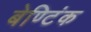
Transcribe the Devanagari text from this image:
बेण्टिंक